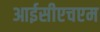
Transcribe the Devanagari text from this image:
आईसीएचएम